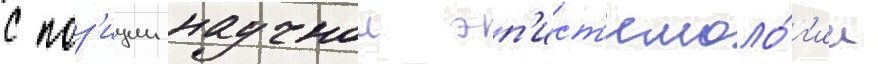
с поз'иции научнои эп'ист'емоло́г'ии